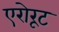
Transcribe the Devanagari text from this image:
एरोरूट